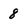
Character: 8